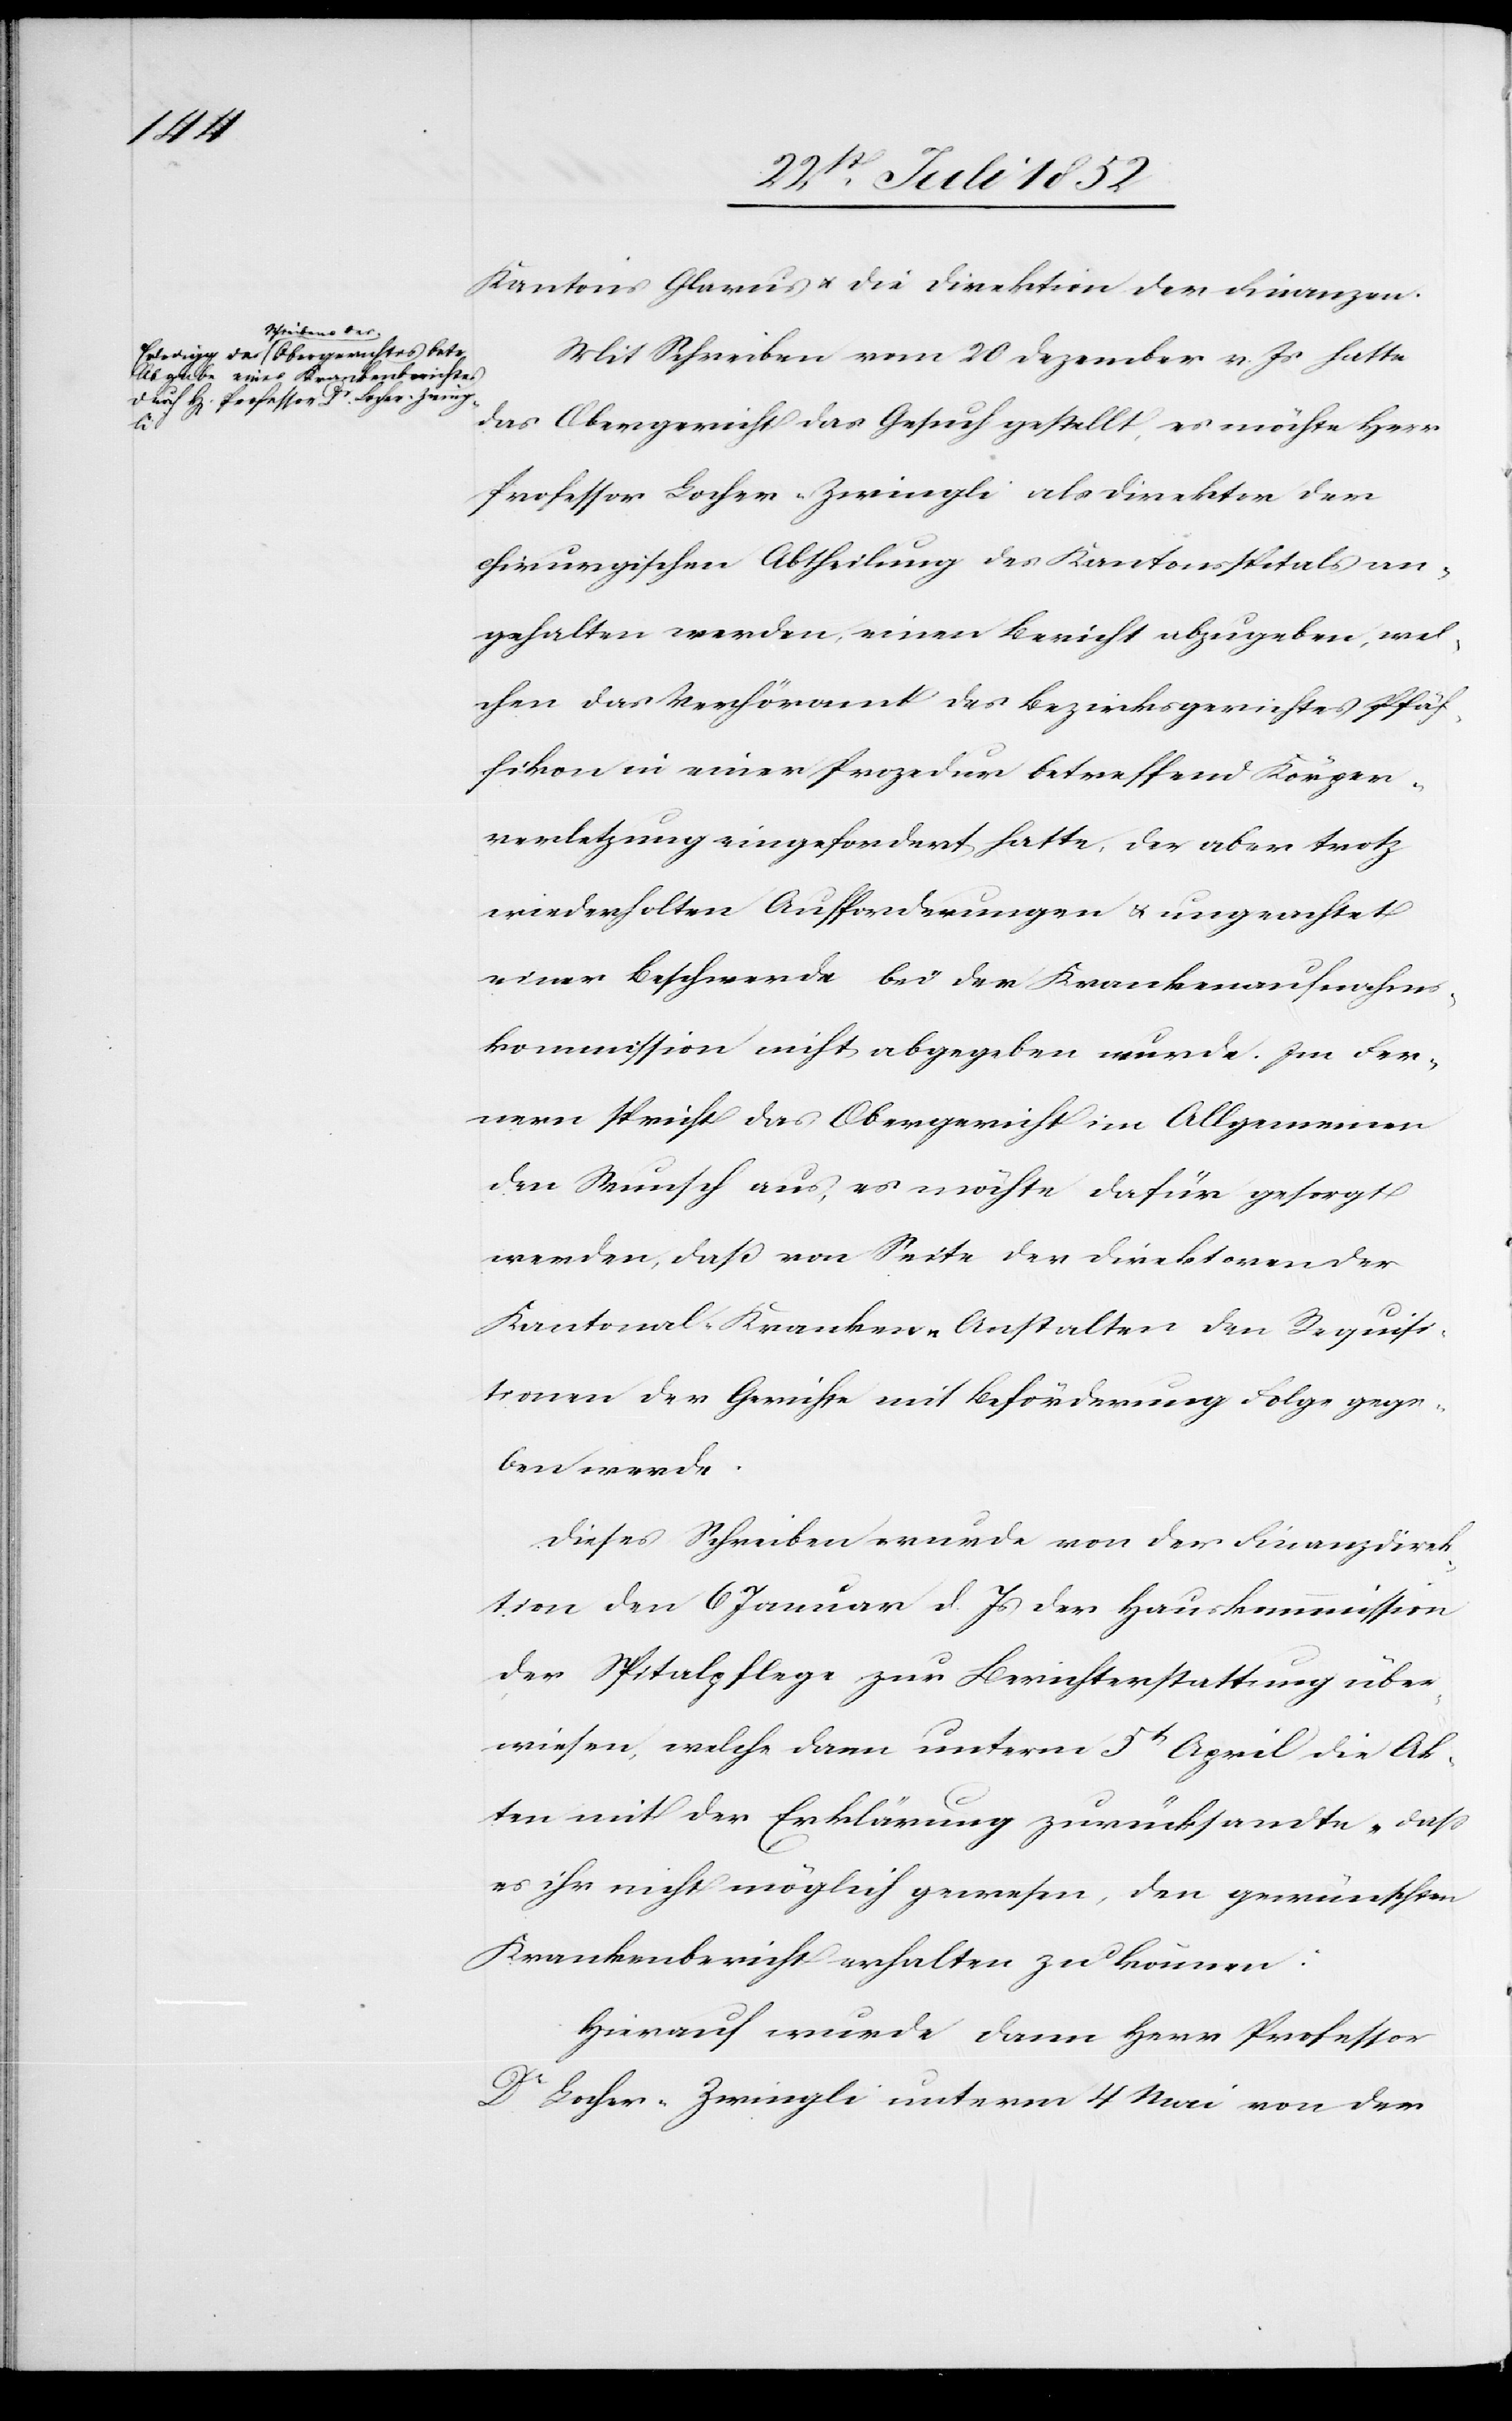
Kantons Glarus & die Direktion der Finanzen.
Mit Schreiben vom 20 Dezember v. Js hatte
das Obergericht das Gesuch gestellt, es möchte Herr
Professor Locher-Zwingli als Direktor der
chirurgischen Abtheilung des Kantonsspitals an¬
gehalten werden, einen Bericht abzugeben, wel¬
chen das Verhöramt des Bezirksgerichtes Pfäf¬
fikon in einer Prozedur betreffend Körper¬
verletzung eingefordert hatte, der aber trotz
wiederholten Aufforderungen & ungeachtet
einer Beschwerde bei der Krankenaufnahms¬
kommission nicht abgegeben wurde. Im Fer¬
nern spricht das Obergericht im Allgemeinen
den Wunsch aus, es möchte dafür gesorgt
werden, daß von Seite der Direktoren der
Kantonal-Kranken-Anstalten den Requisi¬
tionen der Gerichte mit Beförderung Folge gege¬
ben werde.
Dieses Schreiben wurde von der Finanzdirek¬
tion den 6 Januar d. Js der Hauskommission
der Spitalpflege zur Berichterstattung über¬
wiesen, welche dann unterm 5t April die Ak¬
ten mit der Erklärung zurücksandte „dass
es ihr nicht möglich gewesen, den gewünschten
Krankenbericht erhalten zu können.[“]
Hierauf wurde dann Herr Professor
Dr Locher-Zwingli unterm 4 Mai von der